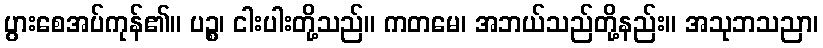
ပွားစေအပ်ကုန်၏။ ပဉ္စ၊ ငါးပါးတို့သည်။ ကတမေ၊ အဘယ်သည်တို့နည်း။ အသုဘသညာ၊